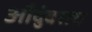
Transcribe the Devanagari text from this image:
औदुंबराच